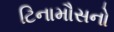
ટિનામૌસનો